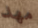
مهد